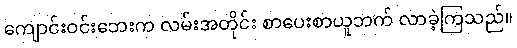
ကျောင်းဝင်းဘေးက လမ်းအတိုင်း စာပေးစာယူဘက် လာခဲ့ကြသည်။